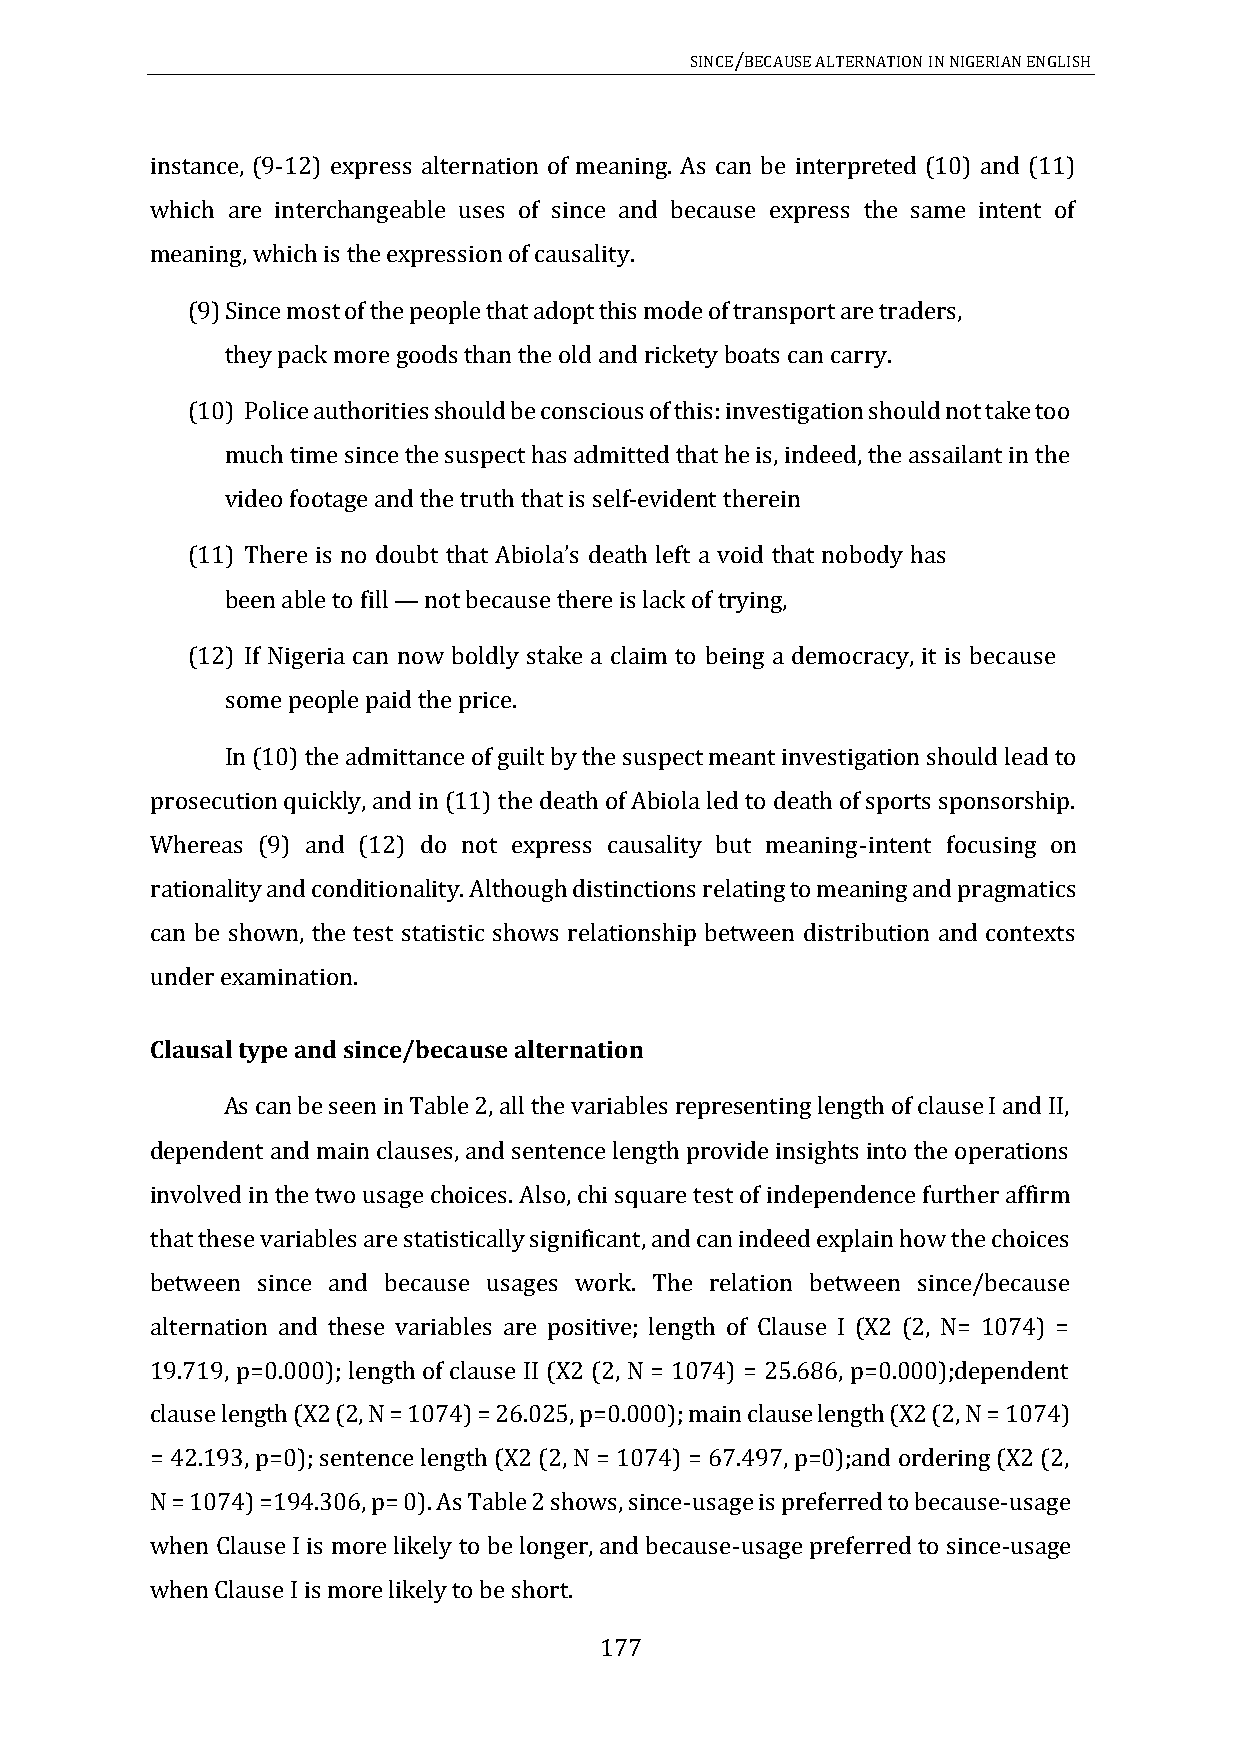
SINCE/BECAUSE ALTERNATION IN NIGERIAN ENGLISH
 instance, (9-12) express alternation of meaning. As can be interpreted (10) and (11)
 which are interchangeable uses of since and because express the same intent of
 meaning, which is the expression of causality.
 (9) Since most of the people that adopt this mode of transport are traders,
 they pack more goods than the old and rickety boats can carry.
 (10) Police authorities should be conscious of this: investigation should not take too
 much time since the suspect has admitted that he is, indeed, the assailant in the
 video footage and the truth that is self-evident therein
 (11) Th
 been able to fill not because there is lack of trying,
 ere is no doubt that Abiola’s death left a void that nobody has
 (12) If Nigeria can —now boldly stake a claim to being a democracy, it is because
 some people paid the price.
 In (10) the admittance of guilt by the suspect meant investigation should lead to
 prosecution quickly, and in (11) the death of Abiola led to death of sports sponsorship.
 Whereas (9) and (12) do not express causality but meaning-intent focusing on
 rationality and conditionality. Although distinctions relating to meaning and pragmatics
 can be shown, the test statistic shows relationship between distribution and contexts
 under examination.
 Clausal type and since/because alternation
 As can be seen in Table 2, all the variables representing length of clause I and II,
 dependent and main clauses, and sentence length provide insights into the operations
 involved in the two usage choices. Also, chi square test of independence further affirm
 that these variables are statistically significant, and can indeed explain how the choices
 between since and because usages work. The relation between since/because
 alternation and these variables are positive; length of Clause I (X2 (2, N= 1074) =
 19.719, p=0.000); length of clause II (X2 (2, N = 1074) = 25.686, p=0.000);dependent
 clause length (X2 (2, N = 1074) = 26.025, p=0.000); main clause length (X2 (2, N = 1074)
 = 42.193, p=0); sentence length (X2 (2, N = 1074) = 67.497, p=0);and ordering (X2 (2,
 N = 1074) =194.306, p= 0). As Table 2 shows, since-usage is preferred to because-usage
 when Clause I is more likely to be longer, and because-usage preferred to since-usage
 when Clause I is more likely to be short.
 177